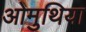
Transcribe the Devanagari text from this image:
ओमुथिया